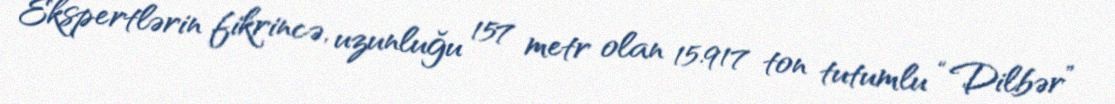
Ekspertlərin fikrincə, uzunluğu 157 metr olan 15.917 ton tutumlu “Dilbər”